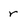
Character: r